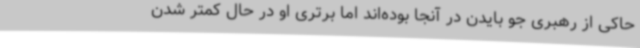
حاکی از رهبری جو بایدن در آنجا بوده‌اند اما برتری او در حال کمتر شدن